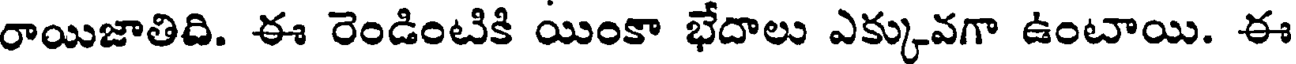
రాయిజాతిది. ఈ రెండింటికి యింకా భేదాలు ఎక్కువగా ఉంటాయి. ఈ